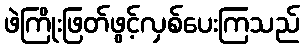
ဖဲကြိုးဖြတ်ဖွင့်လှစ်ပေးကြသည်